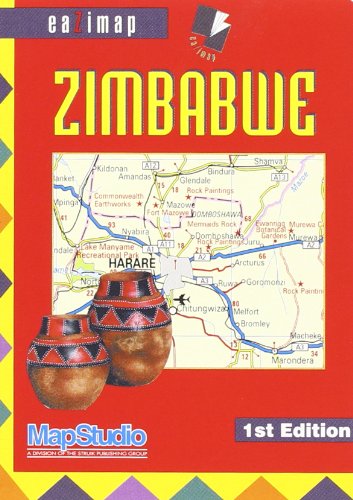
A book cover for "zimbabwe ; 1/1,87m ; eazimap"; MapStudio; Travel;